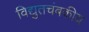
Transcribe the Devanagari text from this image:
विद्युतचंबकीय